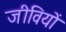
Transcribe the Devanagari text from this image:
जीवियों